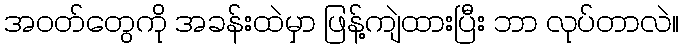
အဝတ်တွေကို အခန်းထဲမှာ ဖြန့်ကျဲထားပြီး ဘာ လုပ်တာလဲ။